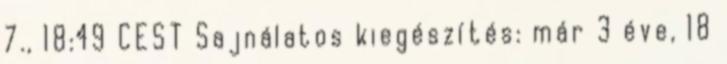
7., 18:49 CEST Sajnálatos kiegészítés: már 3 éve, 18